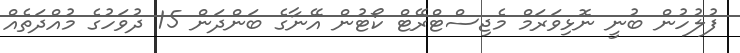
ފުލުހުން ބުނީ ނޮޅިވަރަމް މެޖިސްޓްރޭޓް ކޯޓުން އޭނާގެ ބަންދަން 15 ދުވަހުގެ މުއްދަތެއް